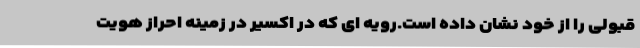
قبولی را از خود نشان داده است.رویه ای که در اکسیر در زمینه احراز هویت